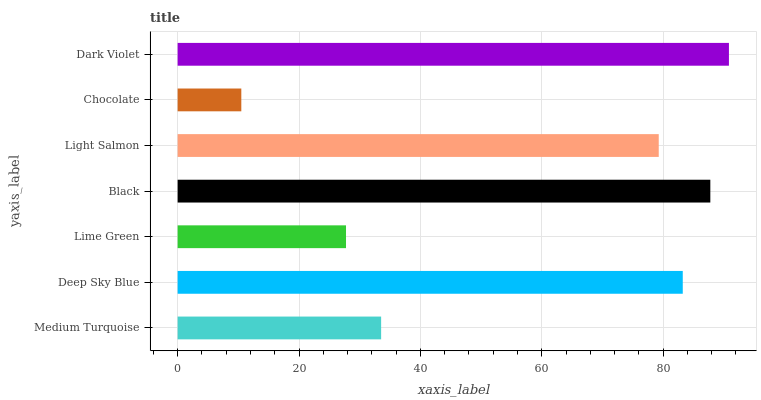
| yaxis_label | bars |
 | --- | --- |
 | Medium Turquoise | 33.5 |
 | Deep Sky Blue | 83.2 |
 | Lime Green | 27.7 |
 | Black | 87.8 |
 | Light Salmon | 79.3 |
 | Chocolate | 10.5 |
 | Dark Violet | 90.8 |